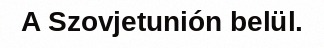
A Szovjetunión belül.